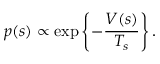
p ( s ) \propto \exp \left\{ - \frac { V ( s ) } { T _ { s } } \right\} .